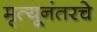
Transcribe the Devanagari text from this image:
मृत्यूनंतरचे